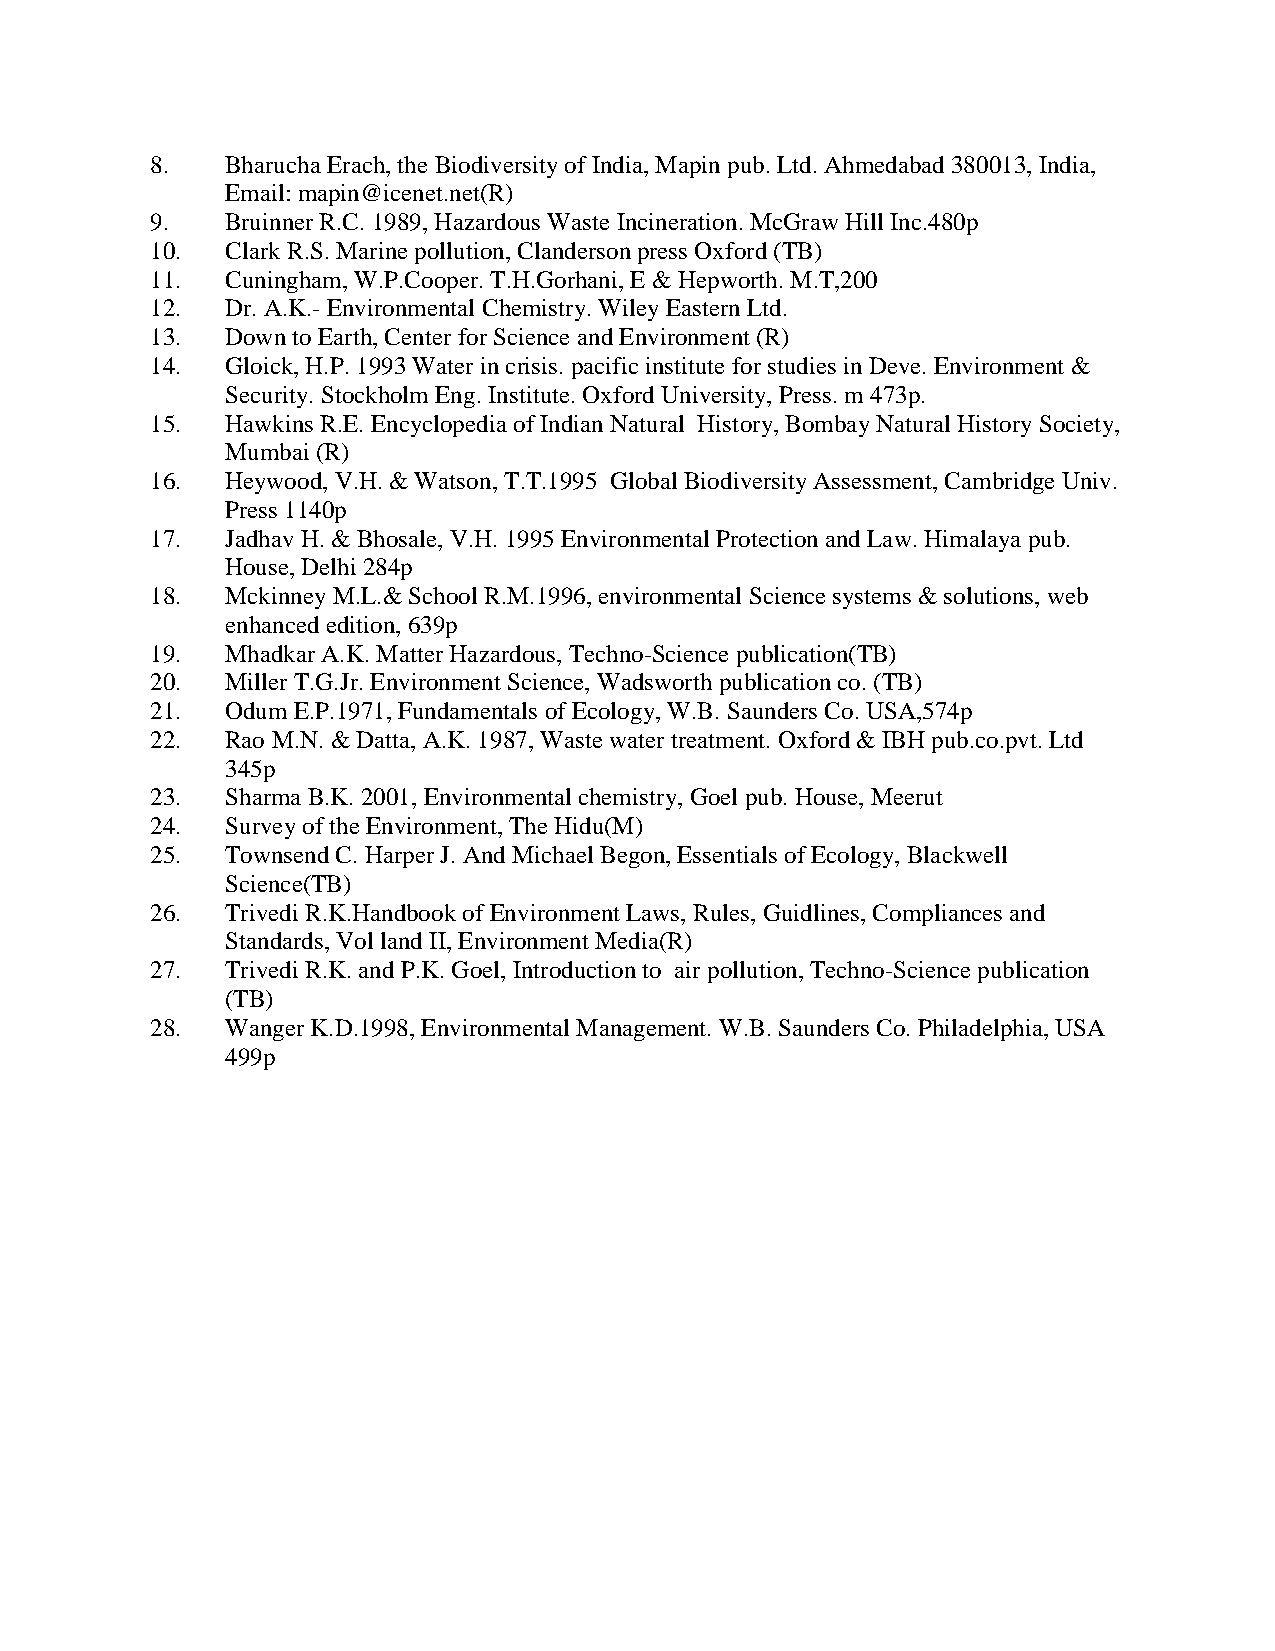
8.   Bharucha Erach, the Biodiversity of India, Mapin pub. Ltd. Ahmedabad 380013, India,
 Email: mapin@icenet.net(R)
 9.   Bruinner R.C. 1989, Hazardous Waste Incineration. McGraw Hill Inc.480p
 10.  Clark R.S. Marine pollution, Clanderson press Oxford (TB)
 11.  Cuningham, W.P.Cooper. T.H.Gorhani, E & Hepworth. M.T,200
 12.  Dr. A.K.- Environmental Chemistry. Wiley Eastern Ltd.
 13.  Down to Earth, Center for Science and Environment (R)
 14.  Gloick, H.P. 1993 Water in crisis. pacific institute for studies in Deve. Environment &
 Security. Stockholm Eng. Institute. Oxford University, Press. m 473p.
 15.  Hawkins R.E. Encyclopedia of Indian Natural History, Bombay Natural History Society,
 Mumbai (R)
 16.  Heywood, V.H. & Watson, T.T.1995 Global Biodiversity Assessment, Cambridge Univ.
 Press 1140p
 17.  Jadhav H. & Bhosale, V.H. 1995 Environmental Protection and Law. Himalaya pub.
 House, Delhi 284p
 18.  Mckinney M.L.& School R.M.1996, environmental Science systems & solutions, web
 enhanced edition, 639p
 19.  Mhadkar A.K. Matter Hazardous, Techno-Science publication(TB)
 20.  Miller T.G.Jr. Environment Science, Wadsworth publication co. (TB)
 21.  Odum E.P.1971, Fundamentals of Ecology, W.B. Saunders Co. USA,574p
 22.  Rao M.N. & Datta, A.K. 1987, Waste water treatment. Oxford & IBH pub.co.pvt. Ltd
 345p
 23.  Sharma B.K. 2001, Environmental chemistry, Goel pub. House, Meerut
 24.  Survey of the Environment, The Hidu(M)
 25.  Townsend C. Harper J. And Michael Begon, Essentials of Ecology, Blackwell
 Science(TB)
 26.  Trivedi R.K.Handbook of Environment Laws, Rules, Guidlines, Compliances and
 Standards, Vol land II, Environment Media(R)
 27.  Trivedi R.K. and P.K. Goel, Introduction to air pollution, Techno-Science publication
 (TB)
 28.  Wanger K.D.1998, Environmental Management. W.B. Saunders Co. Philadelphia, USA
 499p